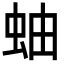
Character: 蚰